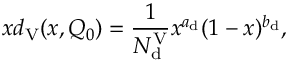
x d _ { \mathrm { V } } ( x , Q _ { 0 } ) = \frac { 1 } { N _ { \mathrm { d } } ^ { \mathrm { V } } } x ^ { a _ { \mathrm { d } } } ( 1 - x ) ^ { b _ { \mathrm { d } } } ,